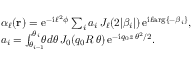
\begin{array} { r l } & { \alpha _ { \ell } ( { \bf r } ) = \mathrm { e } ^ { - \mathrm { i } \, \ell ^ { 2 } \phi } \sum _ { i } a _ { i } \, J _ { \ell } ( 2 | \beta _ { i } | ) \, \mathrm { e } ^ { \mathrm { i } \ell \mathrm { a r g } \{ - \beta _ { i } \} } , } \\ & { a _ { i } = \int _ { \theta _ { i - 1 } } ^ { \theta _ { i } } \! \! \! \theta d \theta \, J _ { 0 } ( q _ { 0 } R \, \theta ) \, \mathrm { e } ^ { - \mathrm { i } q _ { 0 } z \, \theta ^ { 2 } / 2 } . } \end{array}